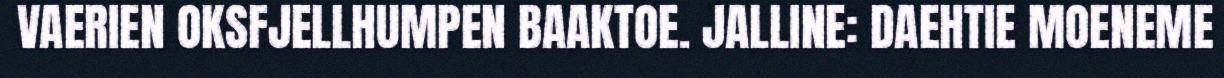
VAERIEN OKSFJELLHUMPEN BAAKTOE. JALLINE: DAEHTIE MOENEME